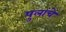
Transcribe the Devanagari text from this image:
पुलांचे